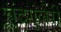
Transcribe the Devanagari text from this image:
चंद्रगुलेरी